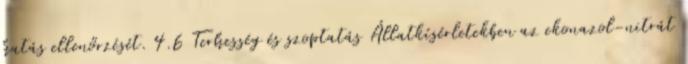
hatás ellenőrzését. 4.6 Terhesség és szoptatás Állatkísérletekben az ekonazol-nitrát